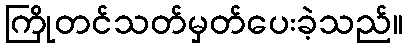
ကြိုတင်သတ်မှတ်ပေးခဲ့သည်။